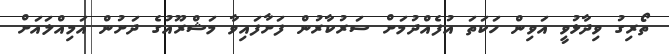
ތޯރިގު ވިދާޅުވީ އަވިން ހަކަތަ އުފެއްދުމަށް ސަރުކާރުން ފަށާފައިވާ މަޝްރޫއުގެ ދަށުން އަމިއްލައަށް